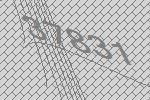
37831